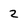
Character: 2